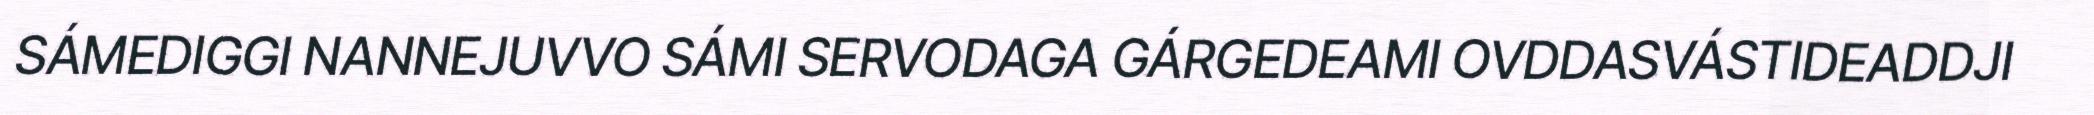
SÁMEDIGGI NANNEJUVVO SÁMI SERVODAGA GÁRGEDEAMI OVDDASVÁSTIDEADDJI